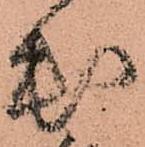
出